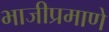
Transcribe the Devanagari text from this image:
भाजीप्रमाणे